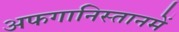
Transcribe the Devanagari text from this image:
अफगानिस्तानमें